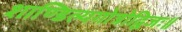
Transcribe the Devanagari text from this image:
शाण्डिल्यगोत्रोद्विजः॥